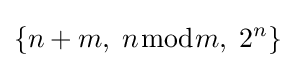
\{n+m,\;n{\bmod {m}},\;2^{n}\}